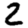
Digit: 2